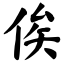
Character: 俟